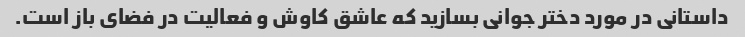
داستانی در مورد دختر جوانی بسازید که عاشق کاوش و فعالیت در فضای باز است.